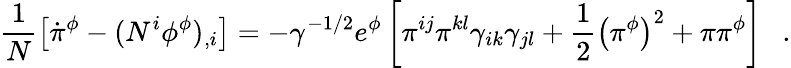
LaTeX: \frac{1}{N}\left[\dot{\pi}^{\phi}-(N^{i}\phi^{\phi})_{,i}\right]=-\gamma^{-1/2}e^{\phi}\left[\pi^{ij}\pi^{kl}\gamma_{ik}\gamma_{jl}+\frac{1}{2}\left(\pi^{\phi}\right)^{2}+\pi\pi^{\phi}\right]~~~.